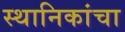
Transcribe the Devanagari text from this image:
स्थानिकांचा